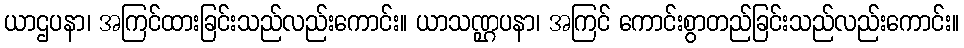
ယာဌပနာ၊ အကြင်ထားခြင်းသည်လည်းကောင်း။ ယာသဏ္ဌပနာ၊ အကြင် ကောင်းစွာတည်ခြင်းသည်လည်းကောင်း။